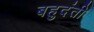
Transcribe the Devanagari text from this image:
बहुदंती